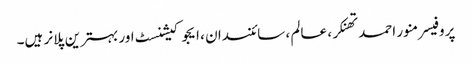
پروفیسر منور احمد تھنکر ، عالم ، سائنسدان ، ایجوکیشنسٹ اور بہترین پلانر ہیں۔